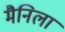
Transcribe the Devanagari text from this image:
मैनिला